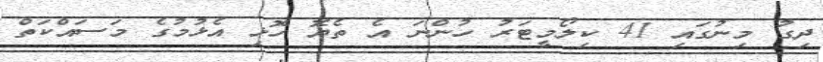
ދިގު މިނުގައި 41 ކިލޯމީޓަރު ހުންނަ އެ ތެޔޮ ހޮޅި އެޅުމުގެ މަސައްކަތް